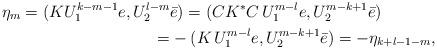
LaTeX: \begin{align*}\begin{aligned}\eta_m=(KU_1^{k-m-1}e, U_2^{l-m}&\bar e)=(C K^\ast C \, U_1^{m-l}e, U_2^{m-k+1}\bar e) \\=&-(K \, U_1^{m-l}e, U_2^{m-k+1}\bar e)=-\eta_{k+l-1-m},\end{aligned}\end{align*}